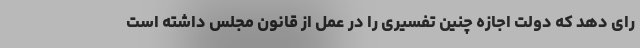
رای دهد که دولت اجازه چنین تفسیری را در عمل از قانون مجلس داشته است